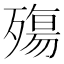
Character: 殤